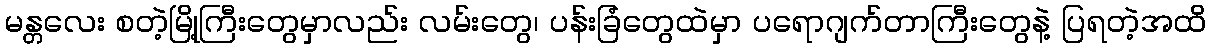
မန္တလေး စတဲ့မြို့ကြီးတွေမှာလည်း လမ်းတွေ၊ ပန်းခြံတွေထဲမှာ ပရောဂျက်တာကြီးတွေနဲ့ ပြရတဲ့အထိ